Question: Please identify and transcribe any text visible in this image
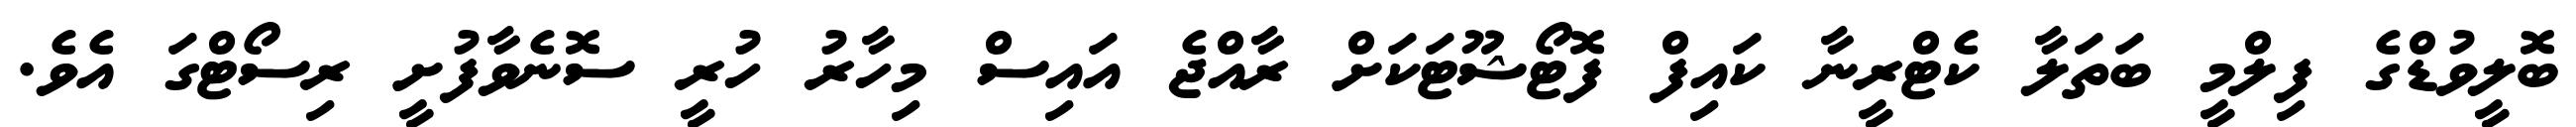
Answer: ބޮލީވުޑްގެ ފިލްމީ ބަތަލާ ކެޓްރީނާ ކައިފް ފޮޓޯޝޫޓަކަށް ރާއްޖެ އައިސް މިހާރު ހުރީ ސޮނެވާފުށީ ރިސޯޓްގަ އެވެ.